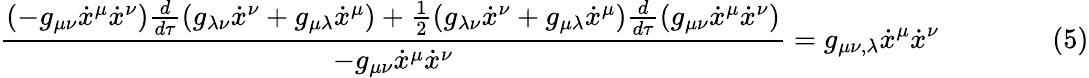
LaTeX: {\frac{(-g_{\mu\nu}{\dot{x}}^{\mu}{\dot{x}}^{\nu}){\frac{d}{d\tau}}(g_{\lambda\nu}{\dot{x}}^{\nu}+g_{\mu\lambda}{\dot{x}}^{\mu})+{\frac{1}{2}}(g_{\lambda\nu}{\dot{x}}^{\nu}+g_{\mu\lambda}{\dot{x}}^{\mu}){\frac{d}{d\tau}}(g_{\mu\nu}{\dot{x}}^{\mu}{\dot{x}}^{\nu})}{-g_{\mu\nu}{\dot{x}}^{\mu}{\dot{x}}^{\nu}}}=g_{\mu\nu,\lambda}{\dot{x}}^{\mu}{\dot{x}}^{\nu}\qquad\qquad(5)